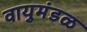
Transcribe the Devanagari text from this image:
वायुमंडळ